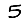
Digit: 5